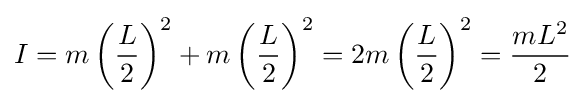
I=m\left({\frac {L}{2}}\right)^{2}+m\left({\frac {L}{2}}\right)^{2}=2m\left({\frac {L}{2}}\right)^{2}={\frac {mL^{2}}{2}}